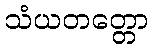
သံယတတ္တော